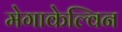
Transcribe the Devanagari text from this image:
मेगाकेल्विन